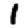
Digit: 1